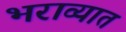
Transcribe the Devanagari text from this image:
भराव्यात